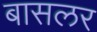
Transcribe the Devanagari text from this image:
बासलर